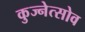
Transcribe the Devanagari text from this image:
कुज्नेत्सोव